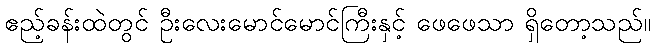
ဧည့်ခန်းထဲတွင် ဦးလေးမောင်မောင်ကြီးနှင့် ဖေဖေသာ ရှိတော့သည်။